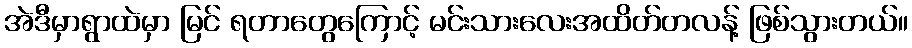
အဲဒီမှာရွာထဲမှာ မြင် ရတာတွေကြောင့် မင်းသားလေးအထိတ်တလန့် ဖြစ်သွားတယ်။